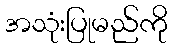
အသုံးပြုမည်ကို